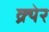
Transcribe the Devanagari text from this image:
क्र्येर